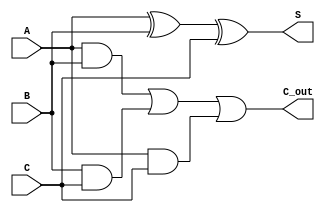
module CarrySaveAdder #(parameter n = 8) (
    input  [n-1:0] A,    // First n-bit input
    input  [n-1:0] B,    // Second n-bit input
    input  [n-1:0] C,    // Third n-bit input
    output [n-1:0] S,    // n-bit Sum output
    output [n-1:0] C_out  // n-bit Carry output
);

    // Generate Sum output using XOR operation
    assign S = A ^ B ^ C;

    // Generate Carry output using majority function (AND-OR logic)
    assign C_out = (A & B) | (B & C) | (A & C);

endmodule